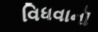
વિધવાનૉ